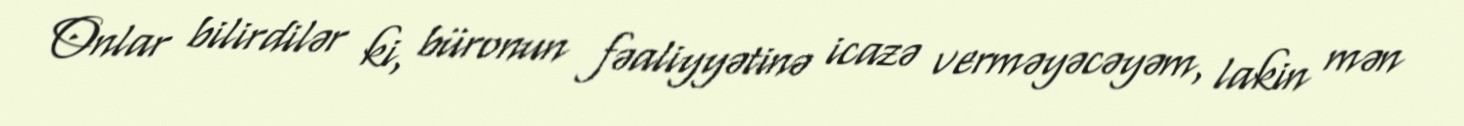
Onlar bilirdilər ki, büronun fəaliyyətinə icazə verməyəcəyəm, lakin mən